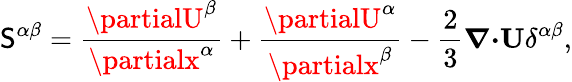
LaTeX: {\cal{\mathsf{S}}}^{\alpha\beta}=\frac{{\partialU^{\beta}}}{{\partialx^{\alpha}}}+\frac{{\partialU^{\alpha}}}{{\partialx^{\beta}}}-\frac{{2}}{{3}}{\boldsymbol{\nabla}}{\boldsymbol{\cdot}}{\mathbf{{U}}}\delta^{\alpha\beta},